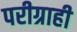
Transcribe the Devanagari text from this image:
परीग्राही